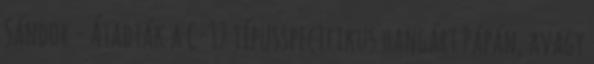
Sándor - Átadták a C-17 típusspecifikus hangárt Pápán, avagy